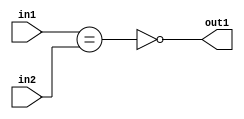
`timescale 1ps / 1ps
/*****************************************************************************
    Verilog RTL Description
    
    
    Created by: CellMath Designer 2019.1.01 
*******************************************************************************/

module finish_gen_NotEQ_8Ux5U_1U_1 (
	in2,
	in1,
	out1
	); /* architecture "behavioural" */ 
input [7:0] in2;
input [4:0] in1;
output  out1;
wire  asc001,
	asc002;

assign asc002 = (in1==in2);

assign asc001 = 
	((~asc002));

assign out1 = asc001;
endmodule

/* CADENCE  ubPwTwo= : u9/ySgnWtBlWxVPRXgAZ4Og= ** DO NOT EDIT THIS LINE ******/